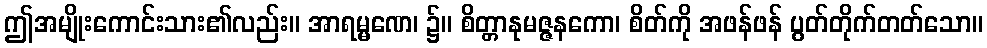
ဤအမျိုးကောင်းသား၏လည်း။ အာရမ္မဏေ၊ ၌။ စိတ္တာနုမဇ္ဇနကော၊ စိတ်ကို အဖန်ဖန် ပွတ်တိုက်တတ်သော။